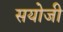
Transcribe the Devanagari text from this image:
सयोजी